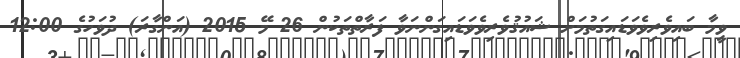
ވީމާ ބައިވެރިވެވަޑައިގަތުމަށް ޝައުޤުވެރިވެވަޑައިގަންނަވާ ފަރާތްތަކުން 26 މޭ 2015 (އަންގާރަ) ދުވަހުގެ 12:00